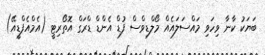
ބަޔަކު ކާނާ ވިހަވި މައްސަލައެއް މޯލްޑިވްސް ފުޑް އެންޑް ޑްރަގް އޮތޯރިޓީ (އެމްއެފްޑީއޭ)